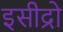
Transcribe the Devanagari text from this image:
इसीद्रो